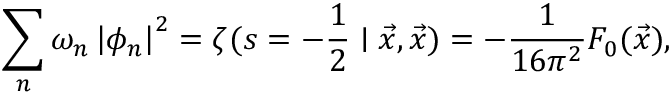
\sum _ { n } \omega _ { n } \left| \phi _ { n } \right| ^ { 2 } = \zeta ( s = - \frac { 1 } { 2 } \mid \vec { x } , \vec { x } ) = - \frac { 1 } { 1 6 \pi ^ { 2 } } F _ { 0 } ( \vec { x } ) ,